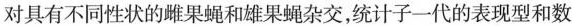
对具有不同性状的雌果蝇和雄果蝇杂交，统计子一代的表现型和数